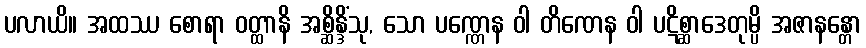
ပလာယိ။ အထဿ စောရာ ဝတ္ထာနိ အစ္ဆိန္ဒိံသု, သော ပဏ္ဏေန ဝါ တိဏေန ဝါ ပဋိစ္ဆာဒေတုမ္ပိ အဇာနန္တော